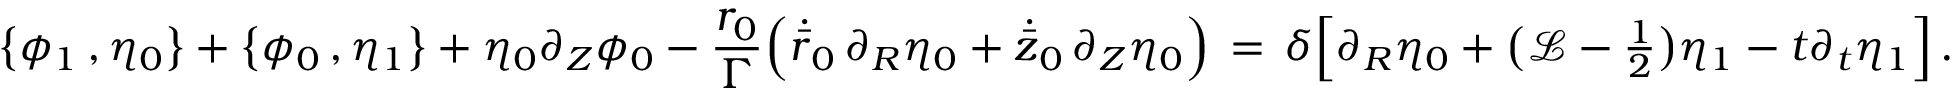
\bigl \{ \phi _ { 1 } \, , \eta _ { 0 } \bigr \} + \bigl \{ \phi _ { 0 } \, , \eta _ { 1 } \bigr \} + \eta _ { 0 } \partial _ { Z } \phi _ { 0 } - \frac { { r _ { 0 } } } { \Gamma } \Bigl ( \dot { \bar { r } } _ { 0 } \, \partial _ { R } \eta _ { 0 } + \dot { \bar { z } } _ { 0 } \, \partial _ { Z } \eta _ { 0 } \Bigr ) \, = \, \delta \Bigl [ \partial _ { R } \eta _ { 0 } + \bigl ( \mathcal { L } - { \textstyle \frac 1 2 } \bigr ) \eta _ { 1 } - t \partial _ { t } \eta _ { 1 } \Bigr ] \, .